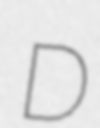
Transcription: D